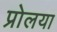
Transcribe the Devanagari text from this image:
प्रोलया